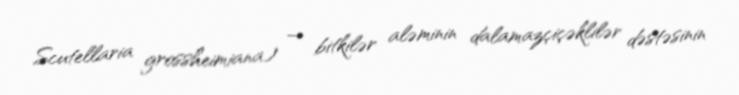
Scutellaria grossheimiana) — bitkilər aləminin dalamazçiçəklilər dəstəsinin